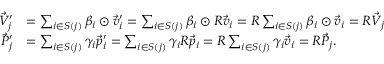
\begin{array} { r l } { \vec { V } _ { j } ^ { \prime } } & { = \sum _ { i \in S ( j ) } \beta _ { i } \odot \vec { v } _ { i } ^ { \prime } = \sum _ { i \in S ( j ) } \beta _ { i } \odot R \vec { v } _ { i } = R \sum _ { i \in S ( j ) } \beta _ { i } \odot \vec { v } _ { i } = R \vec { V } _ { j } } \\ { \vec { P } _ { j } ^ { \prime } } & { = \sum _ { i \in S ( j ) } \gamma _ { i } \vec { p } _ { i } ^ { \prime } = \sum _ { i \in S ( j ) } \gamma _ { i } R \vec { p } _ { i } = R \sum _ { i \in S ( j ) } \gamma _ { i } \vec { v } _ { i } = R \vec { P } _ { j } . } \end{array}